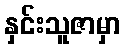
နှင်းသူဇာမှာ